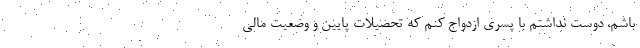
باشم، دوست نداشتم با پسری ازدواج کنم که تحصیلات پایین و وضعیت مالی